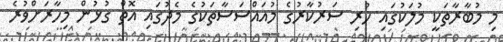
މި މުބާރާތަކީ މުލަކުގައި ހުރި ސަރުކާރުގެ މުއައްސަސާތަކުގެ މެދުގައި އޮތް ގުޅުން މިހާރަށްވުރެ